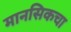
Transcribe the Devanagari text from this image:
मानसिकचा